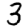
Digit: 3